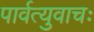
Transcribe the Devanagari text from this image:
पार्वत्युवाचः